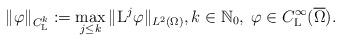
LaTeX: \begin{align*}\|\varphi\|_{C^{k}_{{\rm L}}}:=\max_{j\leq k}\|{\rm L}^{j}\varphi\|_{L^2(\Omega)}, k\in\mathbb N_0,\; \varphi\in C_{{\rm L}}^{\infty}(\overline{\Omega}).\end{align*}